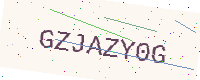
Text: GZJAZY0G